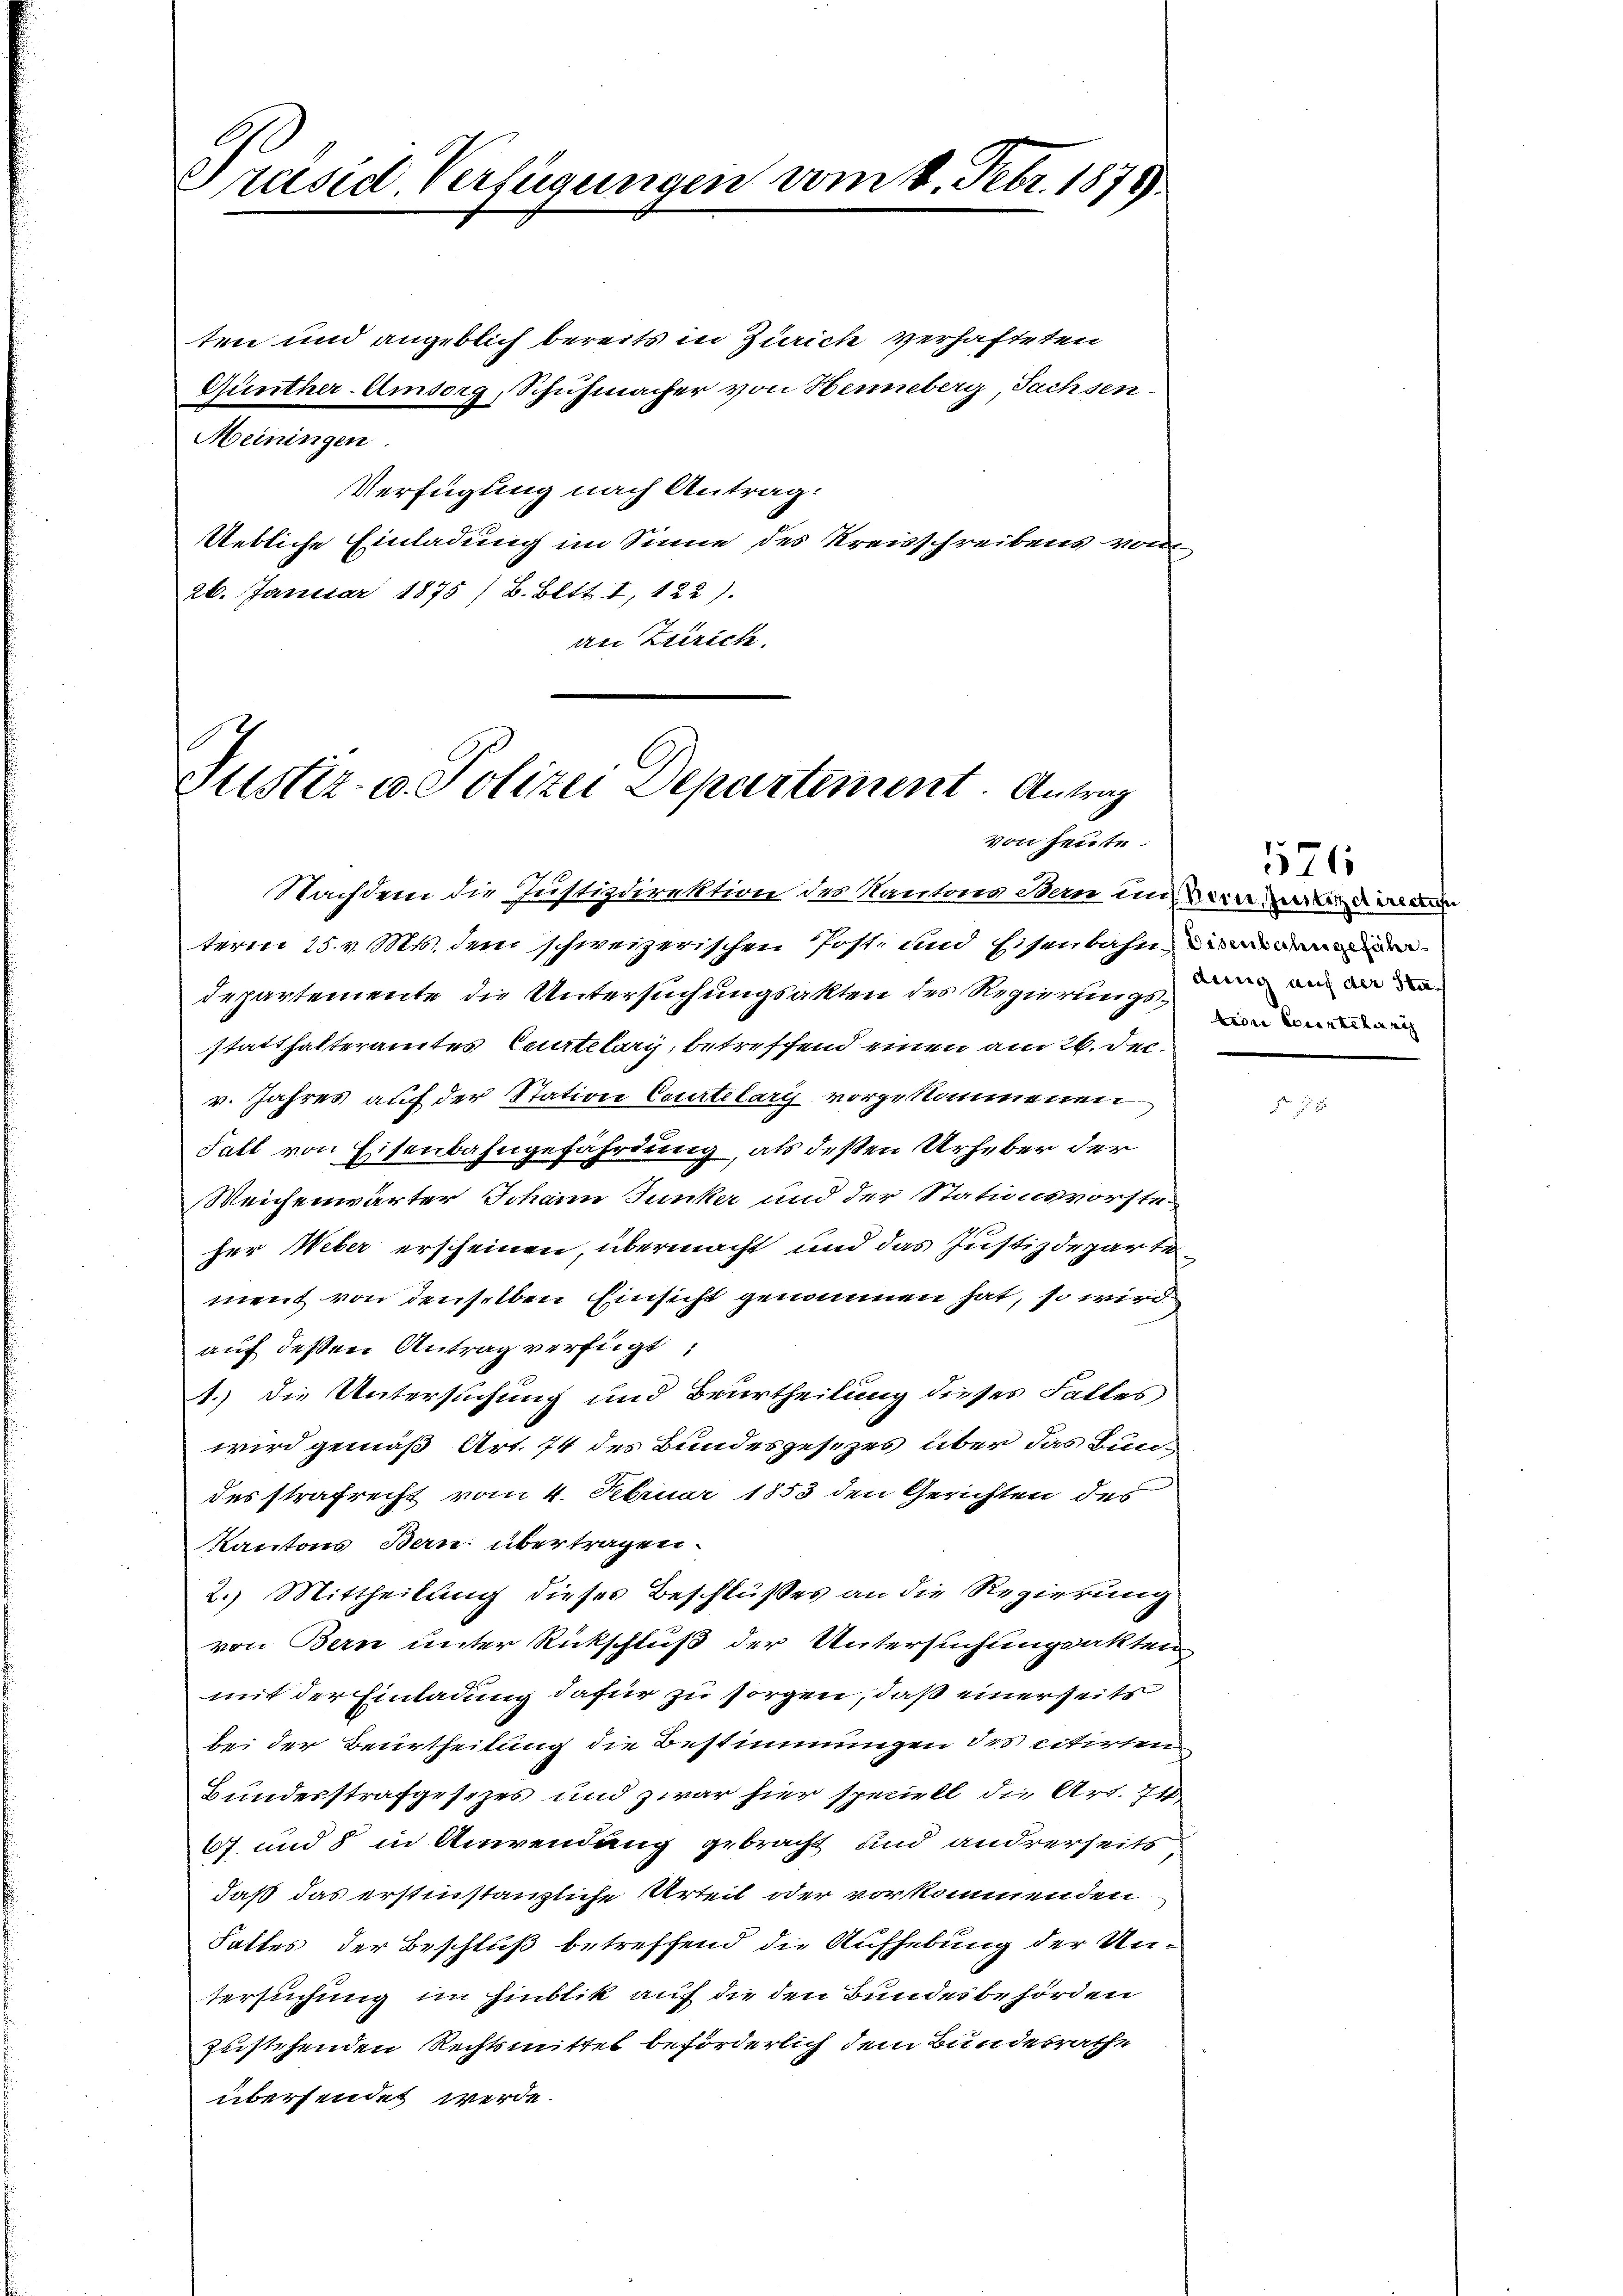
Präsid. Verfügungen vom 8. Febr. 1875.

ten und angeblich bereits in Zürich verhafteten
Günther-Amsorg, Schuhmacher von Henneberg, Sachsen-
Meiningen.
Verfügung nach Antrag:
Uebliche Einladung im Sinne des Kreisschreibens von
26. Januar 1875 /B. Bett. I, 122).
an Zürich.

Justiz- u. Polizei Departement. Antrag
von heute.

Nachdem die Justizdirektion des Kantons Bern un
term 25. v. Mts. dem schweizerischen Post, und Eisenbahnen
departemente die Untersuchungsakten des Regierungsstatthalteramtes Ceurtelary, betreffend einen am 26. Dec.
v. Jahres auf der Station Courtelary vorgekommenen
Fall von Eisenbahngefährdung, als deßen Urheber der
Weichenwärter Johann Junker und der Stationsvorsten
her Weber erscheinen, übermacht und das Justizdepartement von denselben Einsicht genommen hat, so wird
auf deßen Antrag verfügt:
1.) Die Untersuchung und Beurtheilung dieses Falles
wird gemäß Art. 74 des Bundesgesezes über das Bundesstrafrecht vom 4. Februar 1853 den Gerichten des
Kantons Bern übertragen.
2.) Mittheilung dieses Beschlußes an die Regierung
von Bern unter Rückschluß der Untersuchungsakten
mit der Einladung dafür zu sorgen, daß einerseits
bei der Beurtheilung die Bestimmungen des citirten
Bundesstrafgesezes und zwar hier speciell die Art. 71
67. und 8 in Anwendung gebracht und andrerseits
daß das erstinstanzliche Urteil oder vorkommenden
Falles der Beschluß betreffend die Aufhebung der Untersuchung im Hinblik auf die den Bundesbehörden
zustehenden Rechtsmittel beförderlich dem Bundesrathe
übersendet werde.

571
Berne, Justizdirectus
dung auf der Statron Cocantelari